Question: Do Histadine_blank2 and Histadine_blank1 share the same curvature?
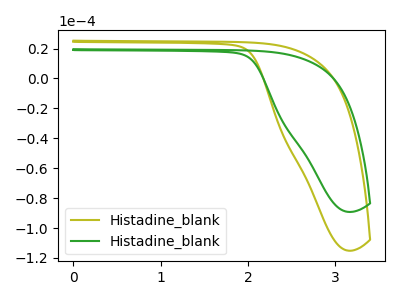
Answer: <think>The olive curve "Histadine_blank1" has no peaks. The green curve "Histadine_blank2" has no peaks.
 Neither "Histadine_blank2" or "Histadine_blank1" have any peaks.</think>
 <answer>"Histadine_blank2" and "Histadine_blank1" are similar in shape.</answer>
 <eval>same_shape</eval>